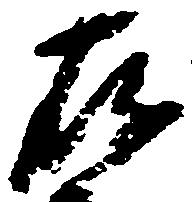
存